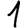
Digit: 1